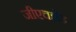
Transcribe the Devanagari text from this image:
जीएचझेड